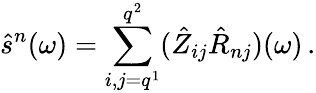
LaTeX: \hat{s}^{n}(\omega)=\sum_{i,j=q^{1}}^{q^{2}}(\hat{Z}_{ij}\hat{R}_{nj})(\omega)\, .